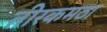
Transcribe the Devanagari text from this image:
तीरकमठा